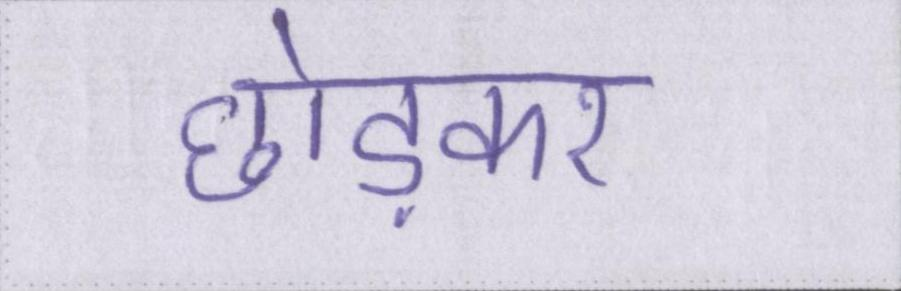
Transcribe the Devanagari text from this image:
छोड़कर